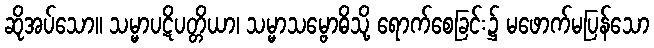
ဆိုအပ်သော။ သမ္မာပဋိပတ္တိယာ၊ သမ္မာသမ္ဗောဓိသို့ ရောက်စေခြင်း၌ မဖောက်မပြန်သော